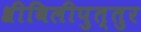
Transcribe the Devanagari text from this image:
श्रीविलीपुत्तुर